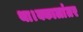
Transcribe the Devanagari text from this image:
था।क्कालांतर